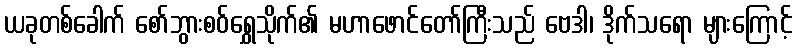
ယခုတစ်ခေါက် စော်ဘွားစဝ်ရွှေသိုက်၏ မဟာဖောင်တော်ကြီးသည် ဗေဒါ၊ ဒိုက်သရော များကြောင့်